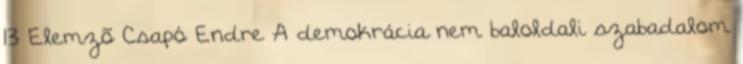
13 Elemzõ Csapó Endre A demokrácia nem baloldali szabadalom